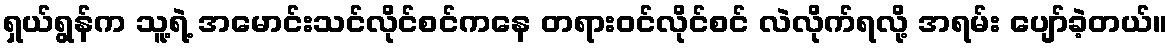
ရှယ်ရွန်က သူ့ရဲ့ အမောင်းသင်လိုင်စင်ကနေ တရားဝင်လိုင်စင် လဲလိုက်ရလို့ အရမ်း ပျော်ခဲ့တယ်။